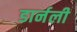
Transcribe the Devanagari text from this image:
डार्नली